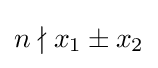
n\nmid x_{1}\pm x_{2}